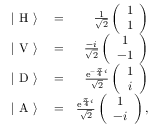
\begin{array} { r l r } { | \ \mathrm { H } \ \rangle } & { { } = } & { \frac { 1 } { \sqrt { 2 } } \left( \begin{array} { c } { 1 } \\ { 1 } \end{array} \right) } \\ { | \ \mathrm { V } \ \rangle } & { { } = } & { \frac { - i } { \sqrt { 2 } } \left( \begin{array} { c } { 1 } \\ { - 1 } \end{array} \right) } \\ { | \ \mathrm { D } \ \rangle } & { { } = } & { \frac { \mathrm { e } ^ { - \frac { \pi } { 4 } i } } { \sqrt { 2 } } \left( \begin{array} { c } { 1 } \\ { i } \end{array} \right) } \\ { | \ \mathrm { A } \ \rangle } & { { } = } & { \frac { \mathrm { e } ^ { \frac { \pi } { 4 } i } } { \sqrt { 2 } } \left( \begin{array} { c } { 1 } \\ { - i } \end{array} \right) , } \end{array}